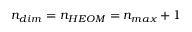
n _ { d i m } = n _ { H E O M } = n _ { m a x } + 1